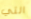
التي